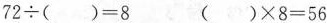
72÷()=8 ()×8=56